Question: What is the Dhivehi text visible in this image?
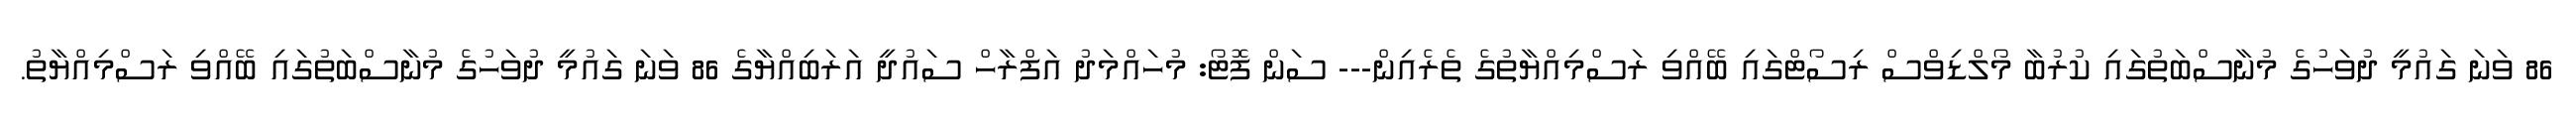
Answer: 86 ވަނަ ގައުމީ ދުވަހުގެ މުނާސްބަތުގައި ކުރުބާ މޯލްޑިވްސް ރިސޯޓްގައި ބޭއްވި ރަސްމިއްޔާތުގެ ތެރެއިން--- ސަން ފޮޓޯ: މުހައްމަދު އަފްރާހް ސައުދީ އަރަބިއްޔާގެ 86 ވަނަ ގައުމީ ދުވަހުގެ މުނާސްބަތުގައި ބޭއްވި ރަސްމިއްޔާތު.